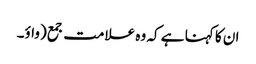
ان کا کہنا ہے کہ وہ علامت جمع (واؤ۔